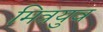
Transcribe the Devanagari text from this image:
मित्रयुव